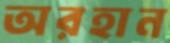
অরহান